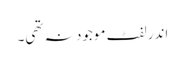
اندر لفٹ موجود نہ تھی۔